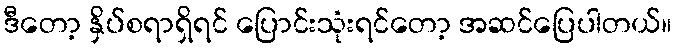
ဒီတော့ နှိပ်စရာရှိရင် ပြောင်းသုံးရင်တော့ အဆင်ပြေပါတယ်။